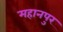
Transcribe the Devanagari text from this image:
महानपुर